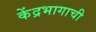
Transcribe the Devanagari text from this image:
केंद्रभागाची